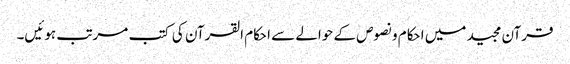
قرآن مجید میں احکام و نصوص کے حوالے سے احکام القرآن کی کتب مرتب ہوئیں۔